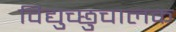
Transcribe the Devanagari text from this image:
विद्युच्छुचालक